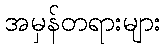
အမှန်တရားများ